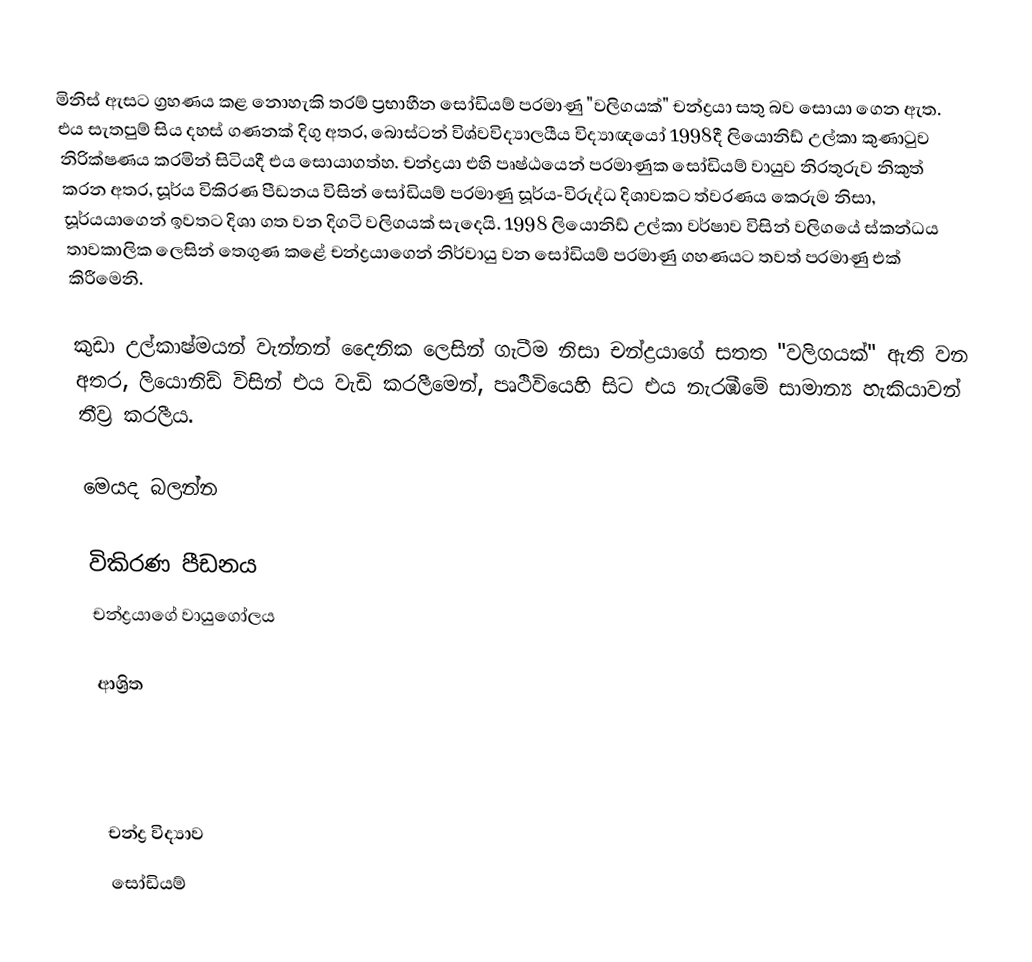
මිනිස් ඇසට ග්‍රහණය කළ නොහැකි තරම් ප්‍රභාහීන  සෝඩියම් පරමාණු "වලිගයක්"  චන්ද්‍රයා සතු බව සොයා ගෙන ඇත. එය සැතපුම් සිය දහස් ගණනක් දිගු අතර, බොස්ටන් විශ්වවිද්‍යාලයීය විද්‍යාඥයෝ  1998දී ලියොනිඩ් උල්කා කුණාටුව  නිරික්ෂණය කරමින් සිටියදී එය සොයාගත්හ. චන්ද්‍රයා එහි පෘෂ්ඨයෙන් පරමාණුක සෝඩියම් වායුව නිරතුරුව නිකුත් කරන අතර, සූර්ය විකිරණ පීඩනය විසින් සෝඩියම් පරමාණු සූර්ය-විරුද්ධ දිශාවකට ත්වරණය කෙරුම නිසා, සූර්යයාගෙන් ඉවතට දිශා ගත වන දිගටි වලිගයක් සැදෙයි. 1998 ලියොනිඩ් උල්කා වර්ෂාව විසින් වලිගයේ ස්කන්ධය තාවකාලික ලෙසින් තෙගුණ කළේ චන්ද්‍රයාගෙන් නිර්වායු වන සෝඩියම් පරමාණු ගහණයට තවත් පරමාණු එක් කිරීමෙනි.

කුඩා උල්කාෂ්මයන් වැන්නන්  දෛනික ලෙසින් ගැටීම නිසා  චන්ද්‍රයාගේ සතත  "වලිගයක්" ඇති වන අතර, ලියොනිඩ් විසින් එය වැඩි කරලීමෙන්,  පෘථිවියෙහි සිට එය නැරඹීමේ සාමාන්‍ය හැකියාවන් තීව්‍ර කරලීය.

මෙයද බලන්න

විකිරණ පීඩනය
චන්ද්‍රයාගේ වායුගෝලය

ආශ්‍රිත

චන්ද්‍ර විද්‍යාව
සෝඩියම්